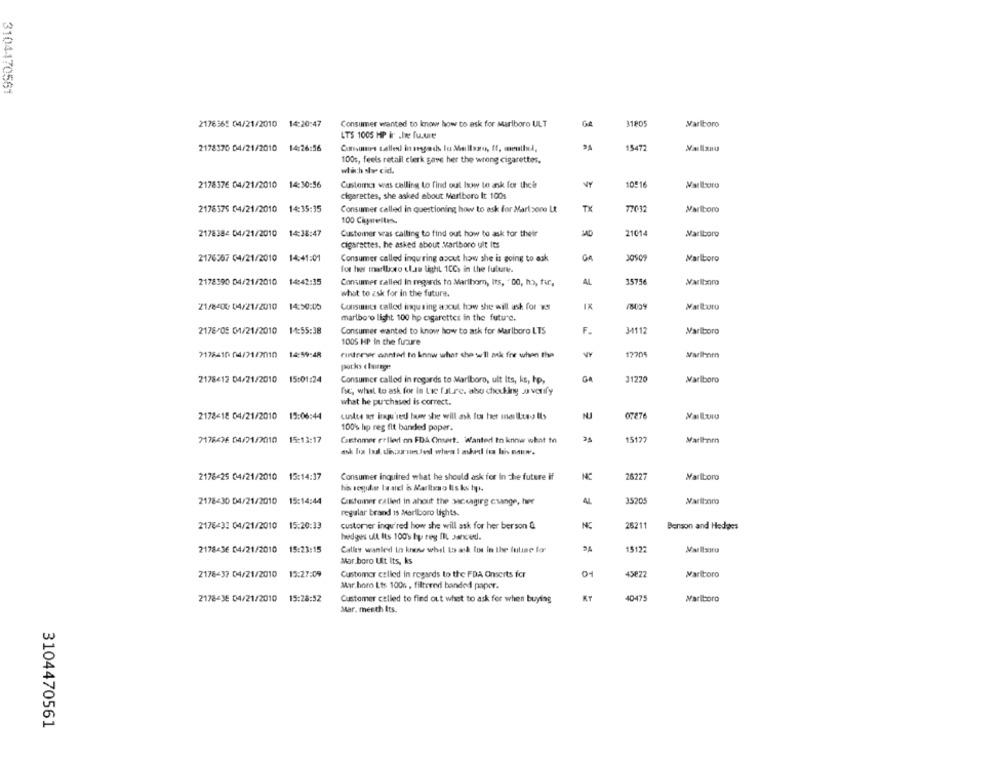
3104470561
2176365 04/21/2010 14:20:47
Consumer wanted to know how to ask for Marlboro ULT
3180
Marlboro
LTS 1005 HIP Ir .In fu.we
2178370 04/21/2010 14:26:56
Consumirs tallest in sesgods lo Mallazu, ff, mutlul,
15472
Vallsnu
100s, feels retail clerk gave her the wrong cigarettes,
wach av cid.
2178376 04/21/2010 14:30:56
Customer was calling to find out how to ask for their
10516
cigarettes, she asked about Marlboro It 100s
2178575 04/21/2010 14:35:35
Consumer called In questioning how to ask for Marizone Lt
TX
77032
Marlboro
100 Cipperelles.
2178384 04/21/2010
14:38:47
Customer vas calling to find out how to ask for their
MAD
21014
Marlboro
cigarettes. he asked about Marlboro ult Its
2176367 04/21/2010 14:41:01
Consumer called inquiring azout how she is going to ask
Marlboro
for her marlboro cl.se light 1CCs in the future.
2178390 04/21/2010
14:42:35
Consumer called In regards to Marthom, Its, "00, ho, fir,
AL
35756
Marlboro
what to ask for in the future.
21/8400 04/21/2010
14:50:00
Consumes callod inquiring arxcut how she will ask for vs
IX
Marlboro
marlboro light 100 hp cigarettes in the future.
2178/05 01/21/2010 14:55:38
Consumer wanted to know how to ask for Marlboro LTS
F.
3-4112
Marlboro
1005 HP In the furare
7178410 04/21/2010
14:59:48
rundtemer wanted to know what che we'll nek fre when the
1720
potks clurege
2178412 04/21/2010 15:01:24
Consumer called in regards to Marlboro, ult Its, ks, hp,
GA
31220
Marlboro
fsc, what to ask for in tic future. abo chodking a vonfy
what he purchased is correct.
2178418 04/21/2010 15:06:44
NU
07276
100% hp reg fit banded paper.
7178436 04/21/2010
15:13:17
Customer eslled on FDA Onsert. WWanted In know what to
15123
2178425 04/21/2010
15:14:37
Consumer inquired what he should ask for in the future if
26227
Marlboro
2178430 04/21/2010
15:14:44
Customer called in about the Mccagirg change, ter
AL
35205
regular brand 1s Marlboro lights.
217843: 04/21/2010
15:20:33
customer inqu'red how she will ask for her ber son &
28211
Benson and Hedges
hedges ult Its 100% ty reg IIL Janod.
2178436 04/21/2010 15:23:15
Calles wanted In know what to ask Ios in the tuline for
1512
Mar boro Ut Its, ks
2178-37 04/21/2010 15:27:09
Customer called in regards to the FDA Onserts fcr
45822
Marlboro
Mar. boro Lts 100% , filtered banded paper.
2178438 04/21/2010 15:28:52
Customer celled to find out whet to ask for when buying
KT
40475
Marlboro
Mar. menth Its.
3104470561